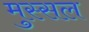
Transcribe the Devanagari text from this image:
मुस्सल